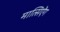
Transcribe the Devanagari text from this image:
मात्सिऐंग